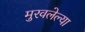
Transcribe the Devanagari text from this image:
मुरवलेल्या